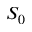
S _ { 0 }